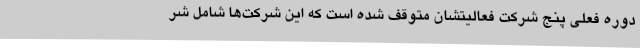
دوره فعلی پنج شرکت فعالیتشان متوقف شده است که این شرکت‌ها شامل شر